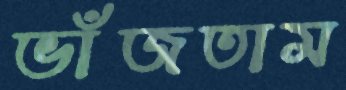
ভাঁজতাম